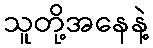
သူတို့အနေနဲ့